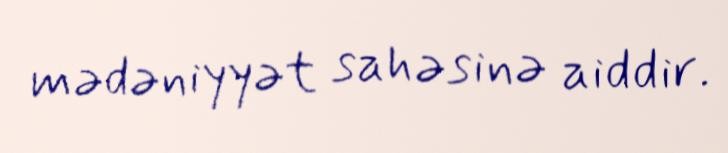
mədəniyyət sahəsinə aiddir.